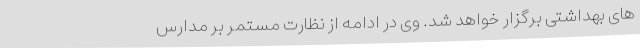
های بهداشتی برگزار خواهد شد. وی در ادامه از نظارت مستمر بر مدارس